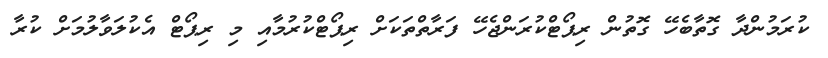
ކުރަމުންދާ ގޮތާބެހޭ ގޮތުން ރިޕޯޓްކުރަންޖެހޭ ފަރާތްތަކަށް ރިޕޯޓްކުރުމާއި މި ރިޕޯޓް އެކުލަވާލުމަށް ކުރާ